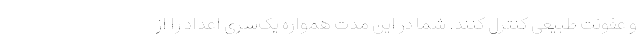
و عفونت طبیعی کنترل کنند. شما در این مدت همواره یک‌سری اعداد را از